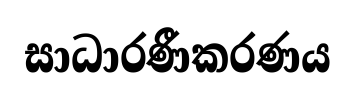
සාධාරණීකරණය